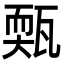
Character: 㼲